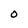
Character: O